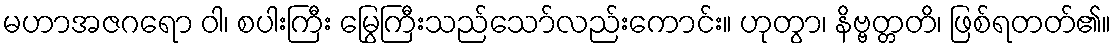
မဟာအဇဂရော ဝါ၊ စပါးကြီး မြွေကြီးသည်သော်လည်းကောင်း။ ဟုတွာ၊ နိဗ္ဗတ္တတိ၊ ဖြစ်ရတတ်၏။